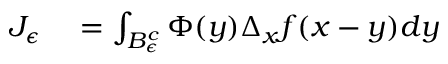
\begin{array} { r l } { J _ { \epsilon } } & { { } = \int _ { B _ { \epsilon } ^ { c } } \Phi ( y ) \Delta _ { x } f ( x - y ) d y } \end{array}